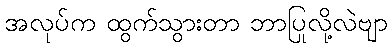
အလုပ်က ထွက်သွားတာ ဘာပြုလို့လဲဗျာ